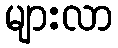
များလာ